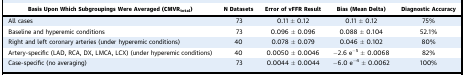
<table><thead><tr><td><b>Basis Upon Which Subgroupings Were Averaged (CMVR<sub>total</sub>)</b></td><td><b>N Datasets</b></td><td><b>Error of vFFR Result</b></td><td><b>Bias (Mean Delta)</b></td><td><b>Diagnostic Accuracy</b></td></tr></thead><tbody><tr><td>All cases</td><td>73</td><td>0.11 ± 0.12</td><td>0.11 ± 0.12</td><td>75%</td></tr><tr><td>Baseline and hyperemic conditions</td><td>73</td><td>0.096 ± 0.096</td><td>0.088 ± 0.104</td><td>52.1%</td></tr><tr><td>Right and left coronary arteries (under hyperemic conditions)</td><td>40</td><td>0.078 ± 0.079</td><td>0.046 ± 0.102</td><td>80%</td></tr><tr><td>Artery-specific (LAD, RCA, DX, LMCA, LCX) (under hyperemic conditions)</td><td>40</td><td>0.0050 ± 0.0046</td><td>−2.6 e<sup>−5</sup> ± 0.0068</td><td>82%</td></tr><tr><td>Case-specific (no averaging)</td><td>73</td><td>0.0044 ± 0.0044</td><td>−6.0 e<sup>−4</sup> ± 0.0062</td><td>100%</td></tr></tbody></table>